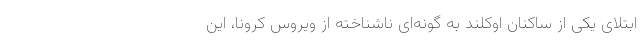
ابتلای یکی از ساکنان اوکلند به گونه‌ای ناشناخته از ویروس کرونا، این